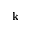
\mathbf { k }